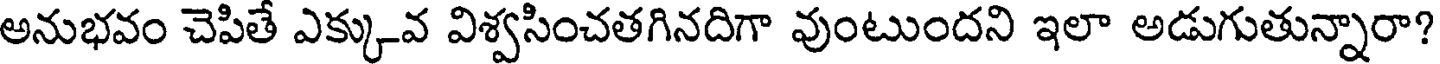
అనుభవం చెపితే ఎక్కువ విశ్వసించతగినదిగా వుంటుందని ఇలా అడుగుతున్నారా?